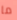
ما